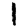
Digit: 1